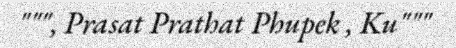
""", Prasat Prathat Phupek , Ku"""